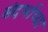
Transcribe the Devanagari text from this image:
संदर्भाच्या